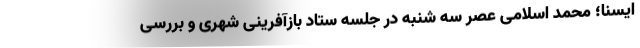
ایسنا؛ محمد اسلامی عصر سه شنبه در جلسه ستاد بازآفرینی شهری و بررسی